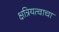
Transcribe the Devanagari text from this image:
क्षत्रियत्वाचा